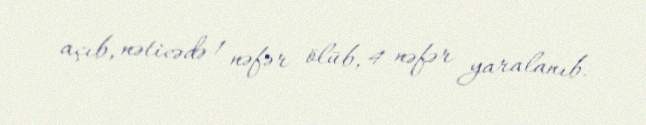
açıb, nəticədə 1 nəfər ölüb, 4 nəfər yaralanıb.